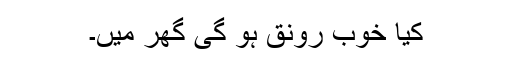
کیا خوب رونق ہو گی گھر میں۔